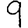
Digit: 9